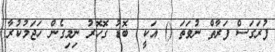
ފުރަގަސް ފަރާތް ނުވަތަ () އަކީ  ބޮޑު ގޮހޮރު ނިމިގެން ހަޖަމުކުރާ